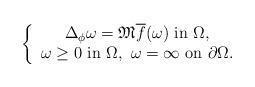
LaTeX: \begin{align*} \left\{\begin{array}{c} \Delta_{\phi}\omega=\mathfrak{M} \overline{f}(\omega)\ \mbox{in}\ \Omega,\\\omega\geq 0\ \mbox{in}\ \Omega,\ \omega=\infty\ \mbox{on}\ \partial \Omega.\end{array}\right.\end{align*}